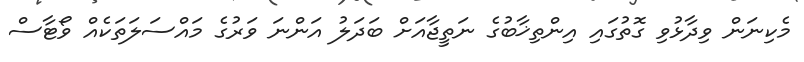
މެކިނަން ވިދާޅުވި ގޮތުގައި އިންތިޚާބުގެ ނަތީޖާއަށް ބަދަލު އަންނަ ވަރުގެ މައްސަލަތަކެއް ވޯޓާސް